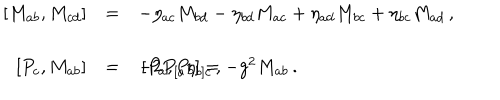
LaTeX: \begin{array} { r c l } { { \left[ M _ { a b } , M _ { c d } \right] } } & { { = } } & { { - \eta _ { a c } M _ { b d } - \eta _ { b d } M _ { a c } + \eta _ { a d } M _ { b c } + \eta _ { b c } M _ { a d } \, , } } \\ { { } } & { { } } & { { } } \\ { { \left[ P _ { c } , M _ { a b } \right] } } & { { = } } & { { - 2 P _ { [ a } \eta _ { b ] c } \, , \hspace { 1 . 5 c m } \left[ P _ { a } , P _ { b } \right] = - g ^ { 2 } M _ { a b } \, . } } \\ \end{array}